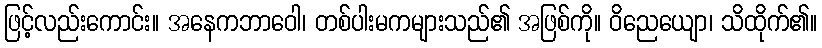
ဖြင့်လည်းကောင်း။ အနေကဘာဝေါ၊ တစ်ပါးမကများသည်၏ အဖြစ်ကို။ ဝိညေယျော၊ သိထိုက်၏။